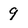
Character: 9